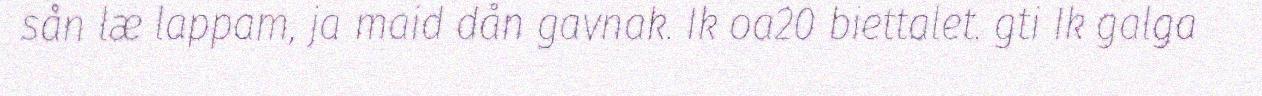
sån læ lappam, ja maid dån gavnak. Ik oa20 biettalet. gti Ik galga